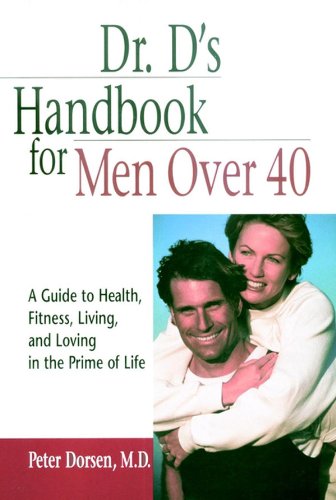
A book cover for Dr. D's Handbook for Men Over 40: A Guide to Health, Fitness, Living, and Loving in the Prime of Life; Peter Dorsen; Health, Fitness & Dieting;